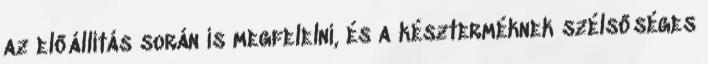
az előállítás során is megfelelni, és a készterméknek szélsőséges